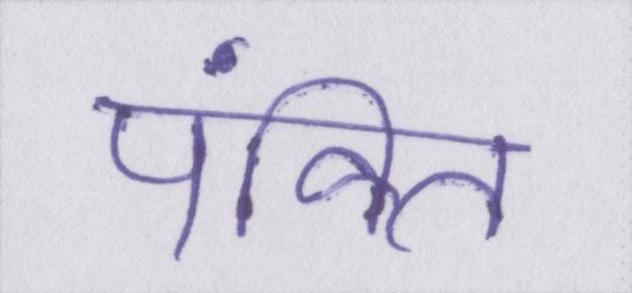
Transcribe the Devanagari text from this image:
पंक्ति